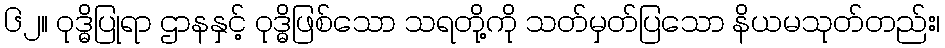
၆၂။ ဝုဒ္ဓိပြုရာ ဌာနနှင့် ဝုဒ္ဓိဖြစ်သော သရတို့ကို သတ်မှတ်ပြသော နိယမသုတ်တည်း၊